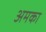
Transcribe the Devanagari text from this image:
अमका